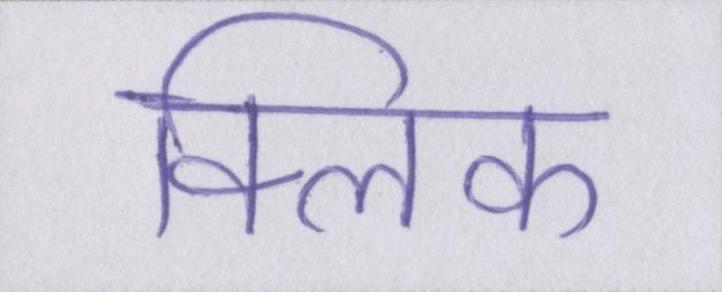
क्लिक